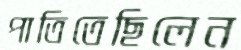
পাতিতেছিলেন